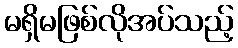
မရှိမဖြစ်လိုအပ်သည့်